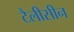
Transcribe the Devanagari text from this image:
टैलीसीन